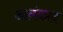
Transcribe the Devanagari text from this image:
आनंदप्रद